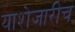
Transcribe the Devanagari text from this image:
याशेजारीच